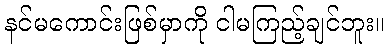
နင်မကောင်းဖြစ်မှာကို ငါမကြည့်ချင်ဘူး။